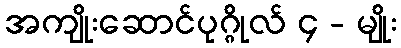
အကျိုးဆောင်ပုဂ္ဂိုလ် ၄ - မျိုး